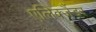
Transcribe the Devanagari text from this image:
एलिक्जैंडर